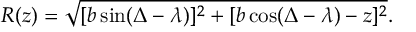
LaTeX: R ( z ) = \sqrt { [ b \sin ( \Delta - \lambda ) ] ^ { 2 } + [ b \cos ( \Delta - \lambda ) - z ] ^ { 2 } } .